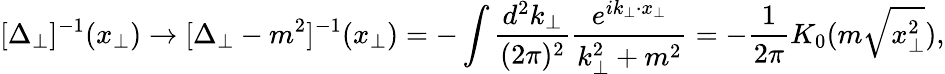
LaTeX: [\Delta_{\perp}]^{-1}(x_{\perp})\rightarrow[\Delta_{\perp}-m^{2}]^{-1}(x_{\perp})=-\int\frac{d^{2}k_{\perp}}{(2\pi)^{2}}\frac{e^{ik_{\perp}\cdot x_{\perp}}}{k_{\perp}^{2}+m^{2}}=-\frac{1}{2\pi}K_{0}(m\sqrt{x_{\perp}^{2}}),